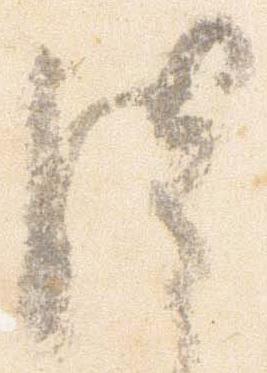
謹